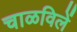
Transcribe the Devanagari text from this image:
चाळविलें